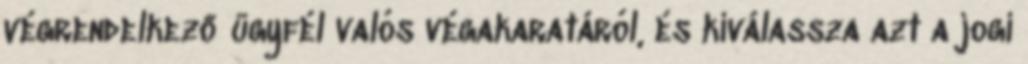
végrendelkező ügyfél valós végakaratáról, és kiválassza azt a jogi